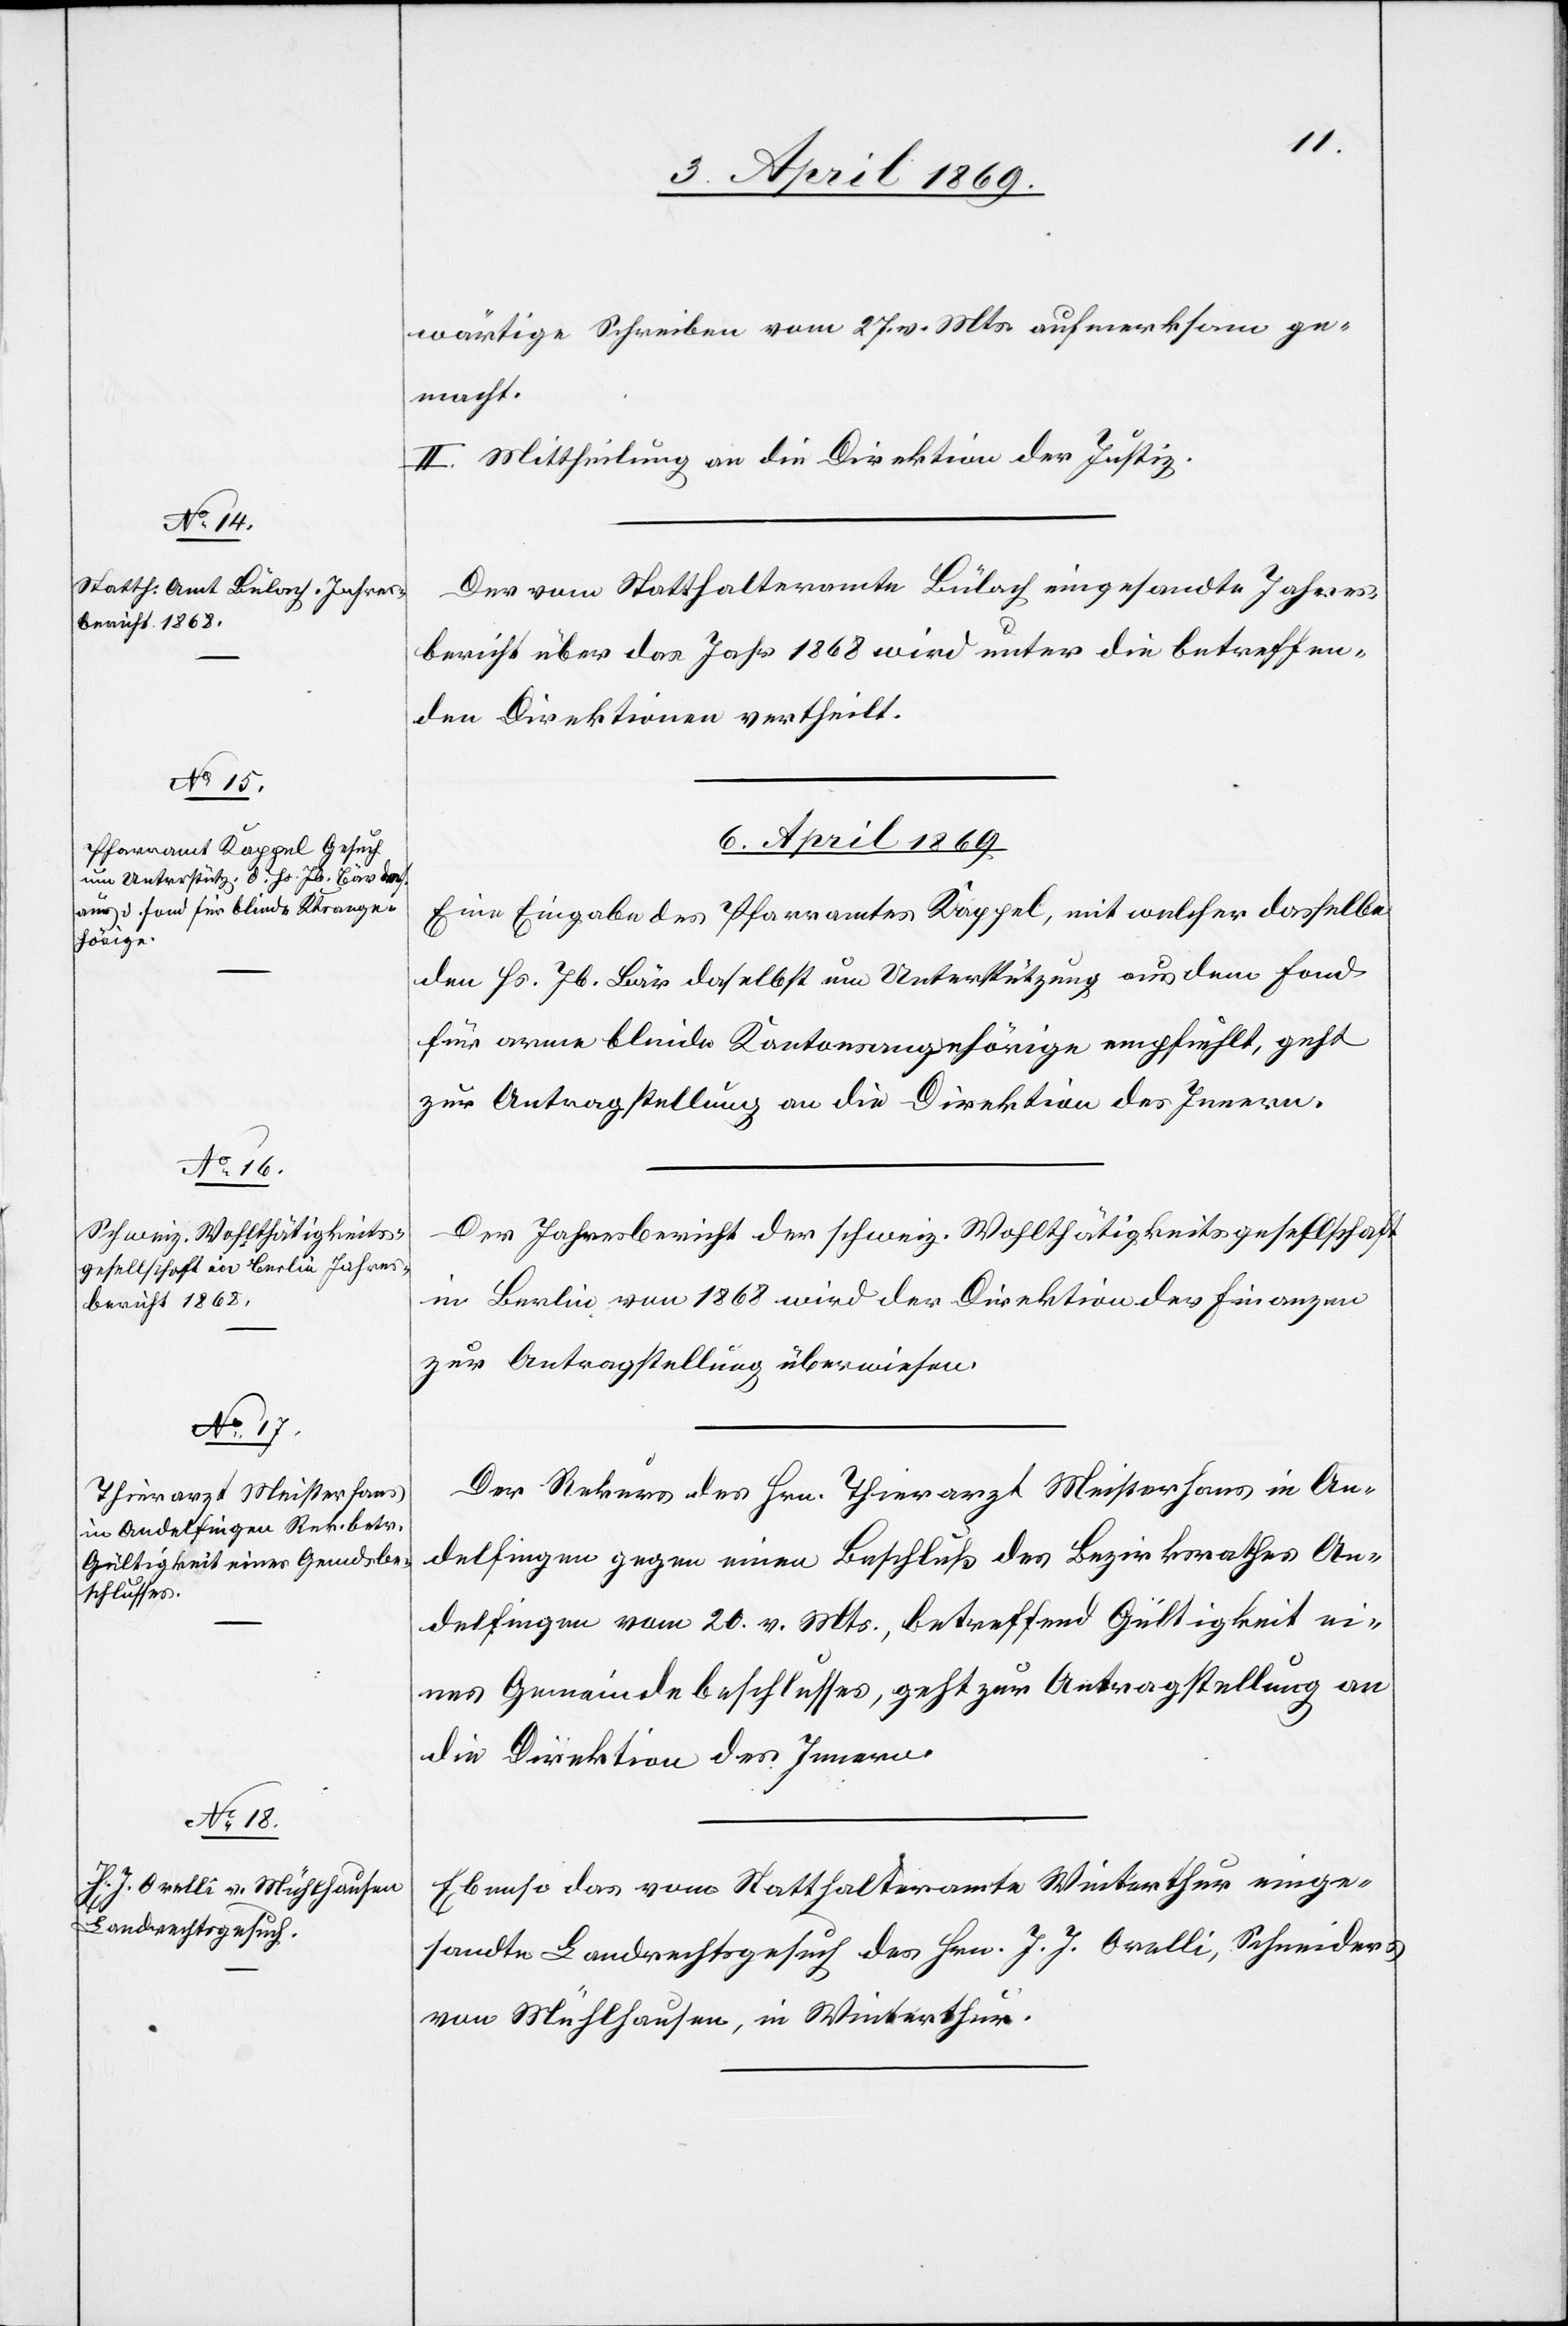
5. April 1869]
wärtige Schreiben vom 27. v. Mts. aufmerksam ge¬
macht.
II. Mittheilung an die Direktion der Justiz.
Der vom Statthalteramte Bülach eingesandte Jahres¬
bericht über das Jahr 1868 wird unter die betreffen¬
den Direktionen vertheilt.
6. April 1869]
Eine Eingabe des Pfarramtes Kappel, mit welcher dasselbe
den Hs. Jb. Bär daselbst um Unterstützung aus dem Fond
für arme blinde Kantonsangehörige empfiehlt, geht
zur Antragstellung an die Direktion des Innern.
Der Jahresbericht der schweiz. Wohlthätigkeitsgesellschaft
in Berlin von 1868 wird der Direktion der Finanzen
zur Antragstellung überwiesen.
Der Rekurs des Hrn. Thierarzt Meisterhans in An¬
delfingen gegen einen Beschluß des Bezirksrathes An¬
delfingen vom 20. v. Mts., betreffend Gültigkeit ei¬
nes Gemeindebeschlusses, geht zur Antragstellung an
die Direktion des Innern.
Ebenso das vom Statthalteramte Winterthur einge¬
sandte Landrechtsgesuch des Hrn. J. J. Orelli, Schneiders
von Mühlhausen, in Winterthur.